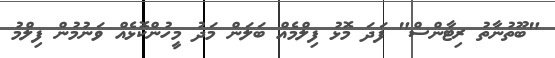
"ބޫތުނާތު ރިޓާންސް" ފަދަ މޮޅު ފިލްމެއް ބަލަން މަދު މީހުންކޮޅެއް ވަނުމުން ފިލްމު